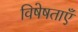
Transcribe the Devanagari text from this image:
विषेषताएँ